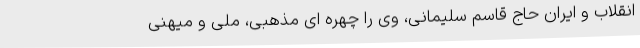
انقلاب و ایران حاج قاسم سلیمانی، وی را چهره ای مذهبی، ملی و میهنی